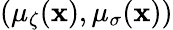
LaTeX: (\mu_{\zeta}(\mathbf{x}),\mu_{{\sigma}}(\mathbf{x}))